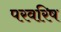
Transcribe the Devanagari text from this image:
परवरिष